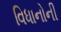
વિધાનોની